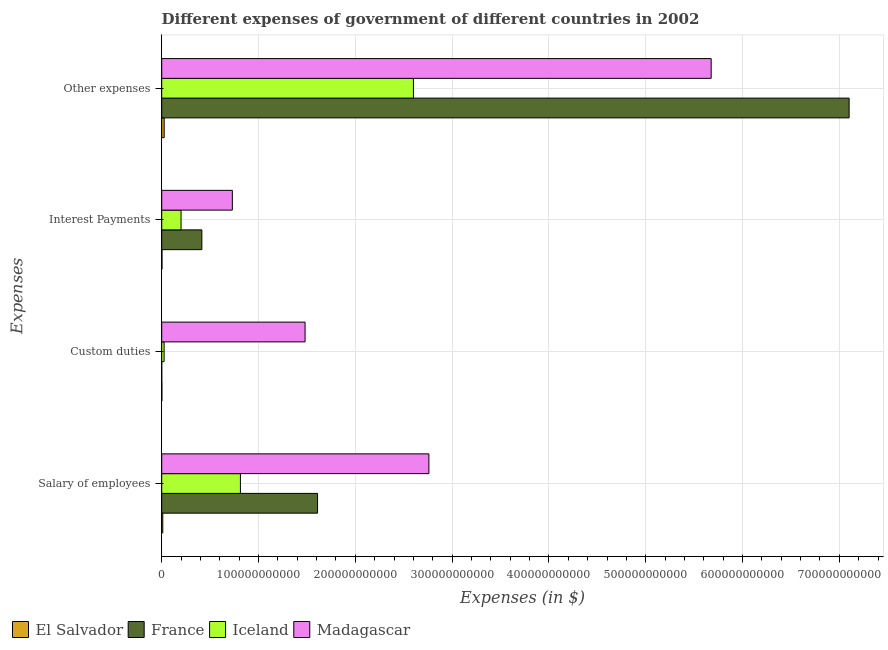
| Expenses | El Salvador | France | Iceland | Madagascar |
 | --- | --- | --- | --- | --- |
 | Salary of employees | 1.11e+09 | 1.61e+11 | 8.13e+10 | 2.76e+11 |
 | Custom duties | 1.55e+08 | 5e+06 | 2.47e+09 | 1.48e+11 |
 | Interest Payments | 2.89e+08 | 4.15e+10 | 2e+10 | 7.3e+10 |
 | Other expenses | 2.56e+09 | 7.1e+11 | 2.6e+11 | 5.68e+11 |